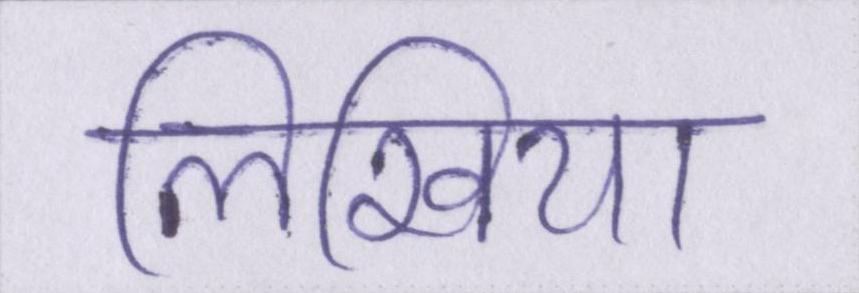
लिखिया